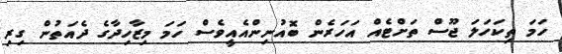
ހަމަ ތިކަހަލަ ޖޫސް ތަށްޓެއް އަހަރެން ބޮއުނިންއެއީވެސް ހަމަ މިޒާހިދާގެ ދެއަތުން ގިރި